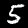
Label: 5